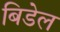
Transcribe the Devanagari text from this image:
बिडेल